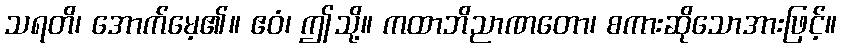
သရတိ၊ အောက်မေ့၏။ ဧဝံ၊ ဤသို့။ ကထာဘိညာဏတော၊ စကားဆိုသောအားဖြင့်။